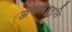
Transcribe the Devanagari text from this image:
अभावपूर्ति